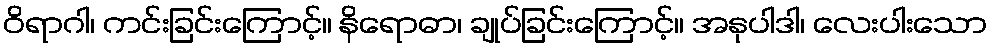
ဝိရာဂါ၊ ကင်းခြင်းကြောင့်။ နိရောဓာ၊ ချုပ်ခြင်းကြောင့်။ အနုပါဒါ၊ လေးပါးသော